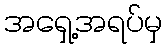
အရှေ့အရပ်မှ